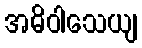
အဓိဝါသေယျ